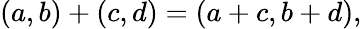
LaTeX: (a,b)+(c,d)=(a+c,b+d),